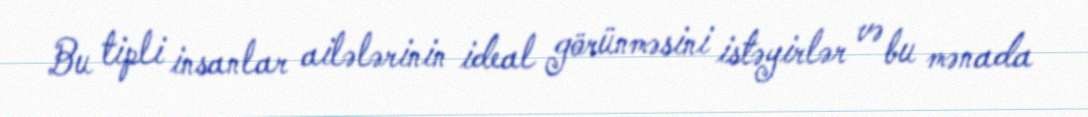
Bu tipli insanlar ailələrinin ideal görünməsini istəyirlər və bu mənada